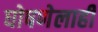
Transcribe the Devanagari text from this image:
घोषणेलाही